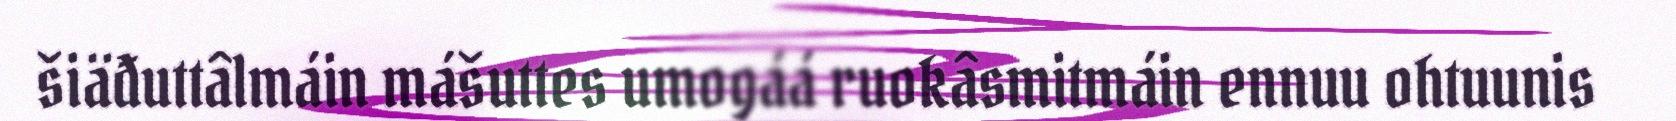
šiäđuttâlmáin mášuttes umogáá ruokâsmitmáin ennuu ohtuunis